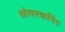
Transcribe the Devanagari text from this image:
ओवरकमिंग